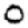
Digit: 0